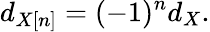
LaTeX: d_{X[n]}=(-1)^{n}d_{X}.